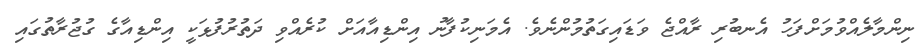
ނިންމާލެއްވުމަށްފަހު އެނބުރި ރާއްޖެ ވަޑައިގަތުމުންނެވެ. އެމަނިކުފާނު އިންޑިއާއަށް ކުރެއްވި ދަތުރުފުޅަކީ އިންޑިއާގެ ގުޖުރާތުގައި